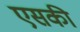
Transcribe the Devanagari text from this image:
एसकी